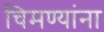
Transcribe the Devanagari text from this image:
चिमण्यांना